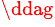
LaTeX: ^{\ddag}